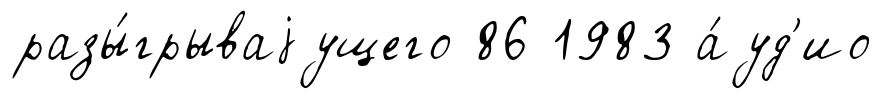
разы́грываjущего 86 1983 а́уд'ио